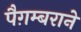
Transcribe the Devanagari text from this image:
पैग़म्बराने